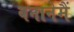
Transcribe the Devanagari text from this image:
बनानेमैं